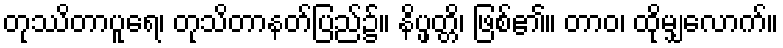
တုဿိတာပူရေ၊ တုသိတာနတ်ပြည်၌။ နိပ္ဖတ္တိ၊ ဖြစ်၏။ တာဝ၊ ထိုမျှလောက်။